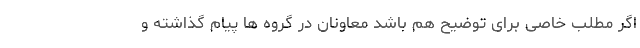
اگر مطلب خاصی برای توضیح هم باشد معاونان در گروه ها پیام گذاشته و